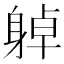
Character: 𨉔